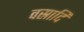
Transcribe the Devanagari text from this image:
वस्रादि